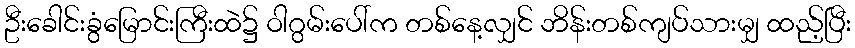
ဦးခေါင်းခွံမြောင်းကြီးထဲ၌ ဝါဂွမ်းပေါ်က တစ်နေ့လျှင် ဘိန်းတစ်ကျပ်သားမျှ ထည့်ပြီး